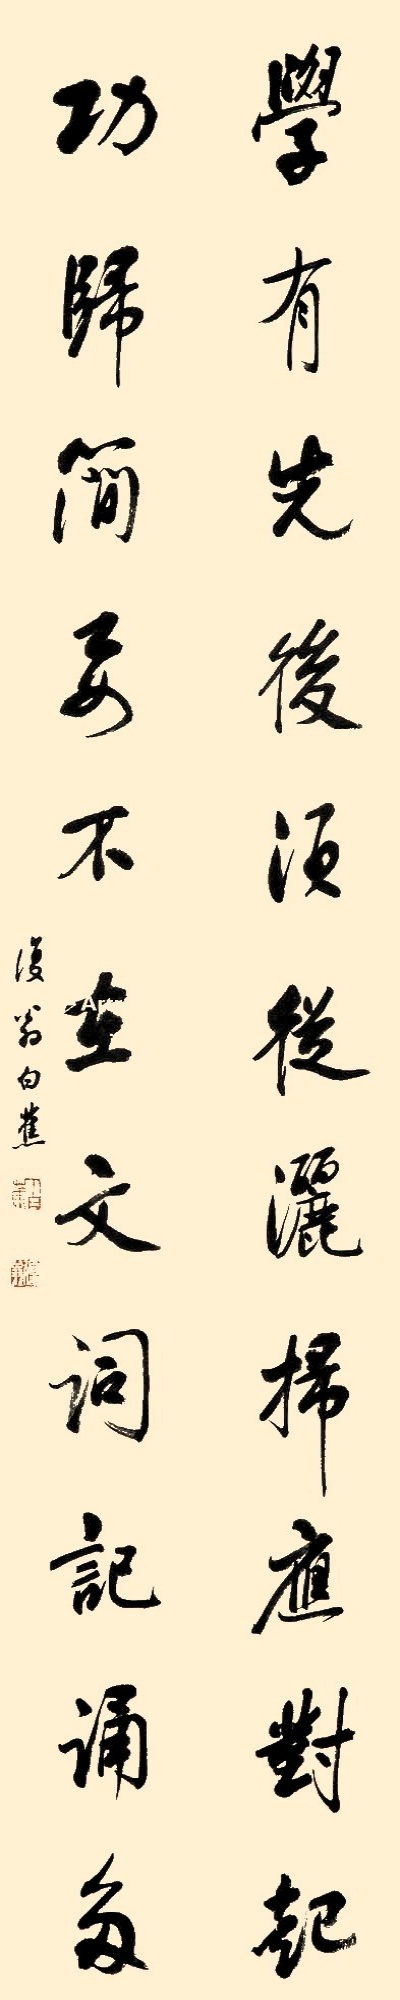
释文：学有先后须从洒扫应对起，功归简要不在文词记诵多。复翁白蕉。